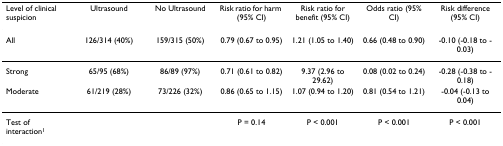
<table><thead><tr><td><b>Level of clinical suspicion</b></td><td><b>Ultrasound</b></td><td><b>No Ultrasound</b></td><td><b>Risk ratio for harm (95% CI)</b></td><td><b>Risk ratio for benefit (95% CI)</b></td><td><b>Odds ratio (95% CI)</b></td><td><b>Risk difference (95% CI)</b></td></tr></thead><tbody><tr><td>All</td><td>126/314 (40%)</td><td>159/315 (50%)</td><td>0.79 (0.67 to 0.95)</td><td>1.21 (1.05 to 1.40)</td><td>0.66 (0.48 to 0.90)</td><td>-0.10 (-0.18 to -0.03)</td></tr><tr><td>Strong</td><td>65/95 (68%)</td><td>86/89 (97%)</td><td>0.71 (0.61 to 0.82)</td><td>9.37 (2.96 to 29.62)</td><td>0.08 (0.02 to 0.24)</td><td>-0.28 (-0.38 to -0.18)</td></tr><tr><td>Moderate</td><td>61/219 (28%)</td><td>73/226 (32%)</td><td>0.86 (0.65 to 1.15)</td><td>1.07 (0.94 to 1.20)</td><td>0.81 (0.54 to 1.21)</td><td>-0.04 (-0.13 to 0.04)</td></tr><tr><td>Test of interaction<sup>1</sup></td><td></td><td></td><td>P = 0.14</td><td>P &lt; 0.001</td><td>P &lt; 0.001</td><td>P &lt; 0.001</td></tr></tbody></table>